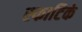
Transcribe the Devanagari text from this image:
स्फाटिकं